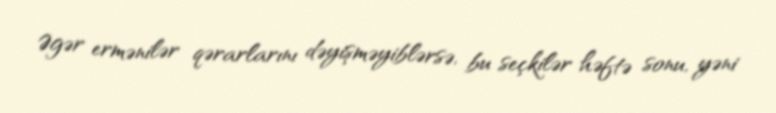
Əgər ermənilər qərarlarını dəyişməyiblərsə, bu seçkilər həftə sonu, yəni